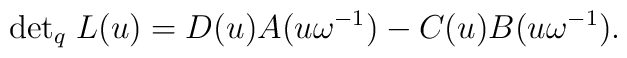
{\det}_{q} \; L(u) = D(u)A(u \omega^{-1}) - C(u)B(u \omega^{-1}).